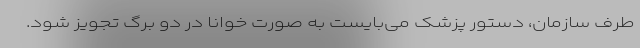
طرف سازمان، دستور پزشک می‌بایست به صورت خوانا در دو برگ تجویز شود.